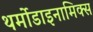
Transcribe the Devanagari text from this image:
थर्मोडाइनामिक्स